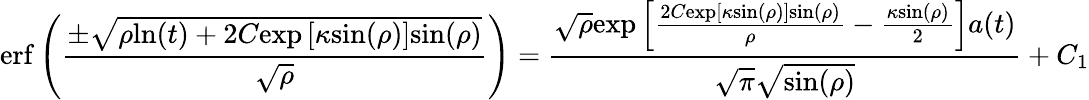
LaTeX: \mathrm{erf}\left(\frac{\pm\sqrt{\rho\mathrm{ln}(t)+2C\mathrm{exp}\left[\kappa\mathrm{sin}(\rho)\right]\mathrm{sin}(\rho)}}{\sqrt{\rho}}\right)=\frac{\sqrt{\rho}\mathrm{exp}\left[\frac{2C\mathrm{exp}[\kappa\mathrm{sin}(\rho)]\mathrm{sin}(\rho)}{\rho}-\frac{\kappa\mathrm{sin}(\rho)}{2}\right]a(t)}{\sqrt{\pi}\sqrt{\mathrm{sin}(\rho)}}+C_{1}